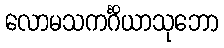
လောမသကင်္ဂိယာသုဘော